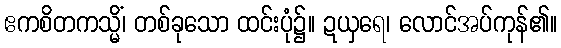
ဧကစိတကသ္မိံ၊ တစ်ခုသော ထင်းပုံ၌။ ဍယှရေ၊ လောင်အပ်ကုန်၏။